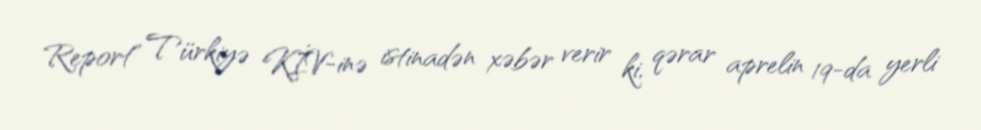
Report" Türkiyə KİV-inə istinadən xəbər verir ki, qərar aprelin 19-da yerli